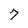
Character: 7